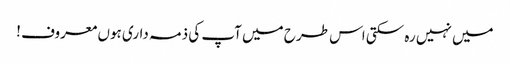
میں نہیں رہ سکتی اس طرح میں آپ کی ذمہ داری ہوں معروف !